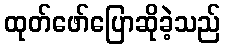
ထုတ်ဖော်ပြောဆိုခဲ့သည်